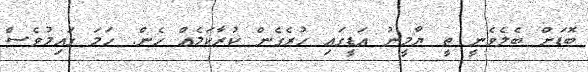
ބޮޑަށް ބެލެވެނީ ތީ ޔާމީނު އަޑީގައި ހުރެގެން ކުރާކަމެއް ހެން. ހަމަ ގައިމުވެސް